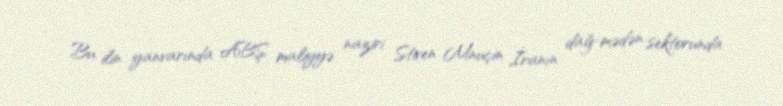
Bu ilin yanvarında ABŞ maliyyə naziri Stiven Mnuçin İranın dağ-mədən sektorunda